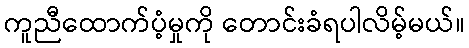
ကူညီထောက်ပံ့မှုကို တောင်းခံရပါလိမ့်မယ်။